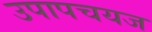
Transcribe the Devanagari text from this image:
उपापचयज